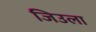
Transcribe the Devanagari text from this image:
जिउला